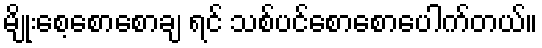
မျိုးစေ့စောစောချ ရင် သစ်ပင်စောစောပေါက်တယ်။